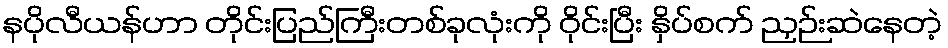
နပိုလီယန်ဟာ တိုင်းပြည်ကြီးတစ်ခုလုံးကို ဝိုင်းပြီး နှိပ်စက် ညှဉ်းဆဲနေတဲ့